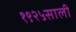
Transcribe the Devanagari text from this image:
१९२५साली